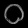
Digit: ၀